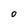
Character: 0